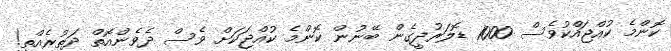
ކޮންމެ ކުއްޖައްކުވެސް 1000 ޑޮލަރުދީގެން ބޭނުން ކޮންމެ ކުއްޖަކަށް ވެސް ދެވެންއޮތް ދަތުރެއްތީ!